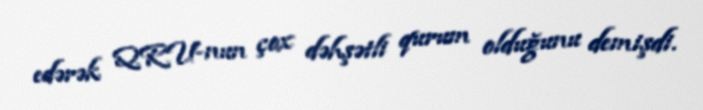
edərək QRU-nun çox dəhşətli qurum olduğunu demişdi.